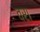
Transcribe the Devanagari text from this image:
वरा